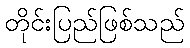
တိုင်းပြည်ဖြစ်သည်